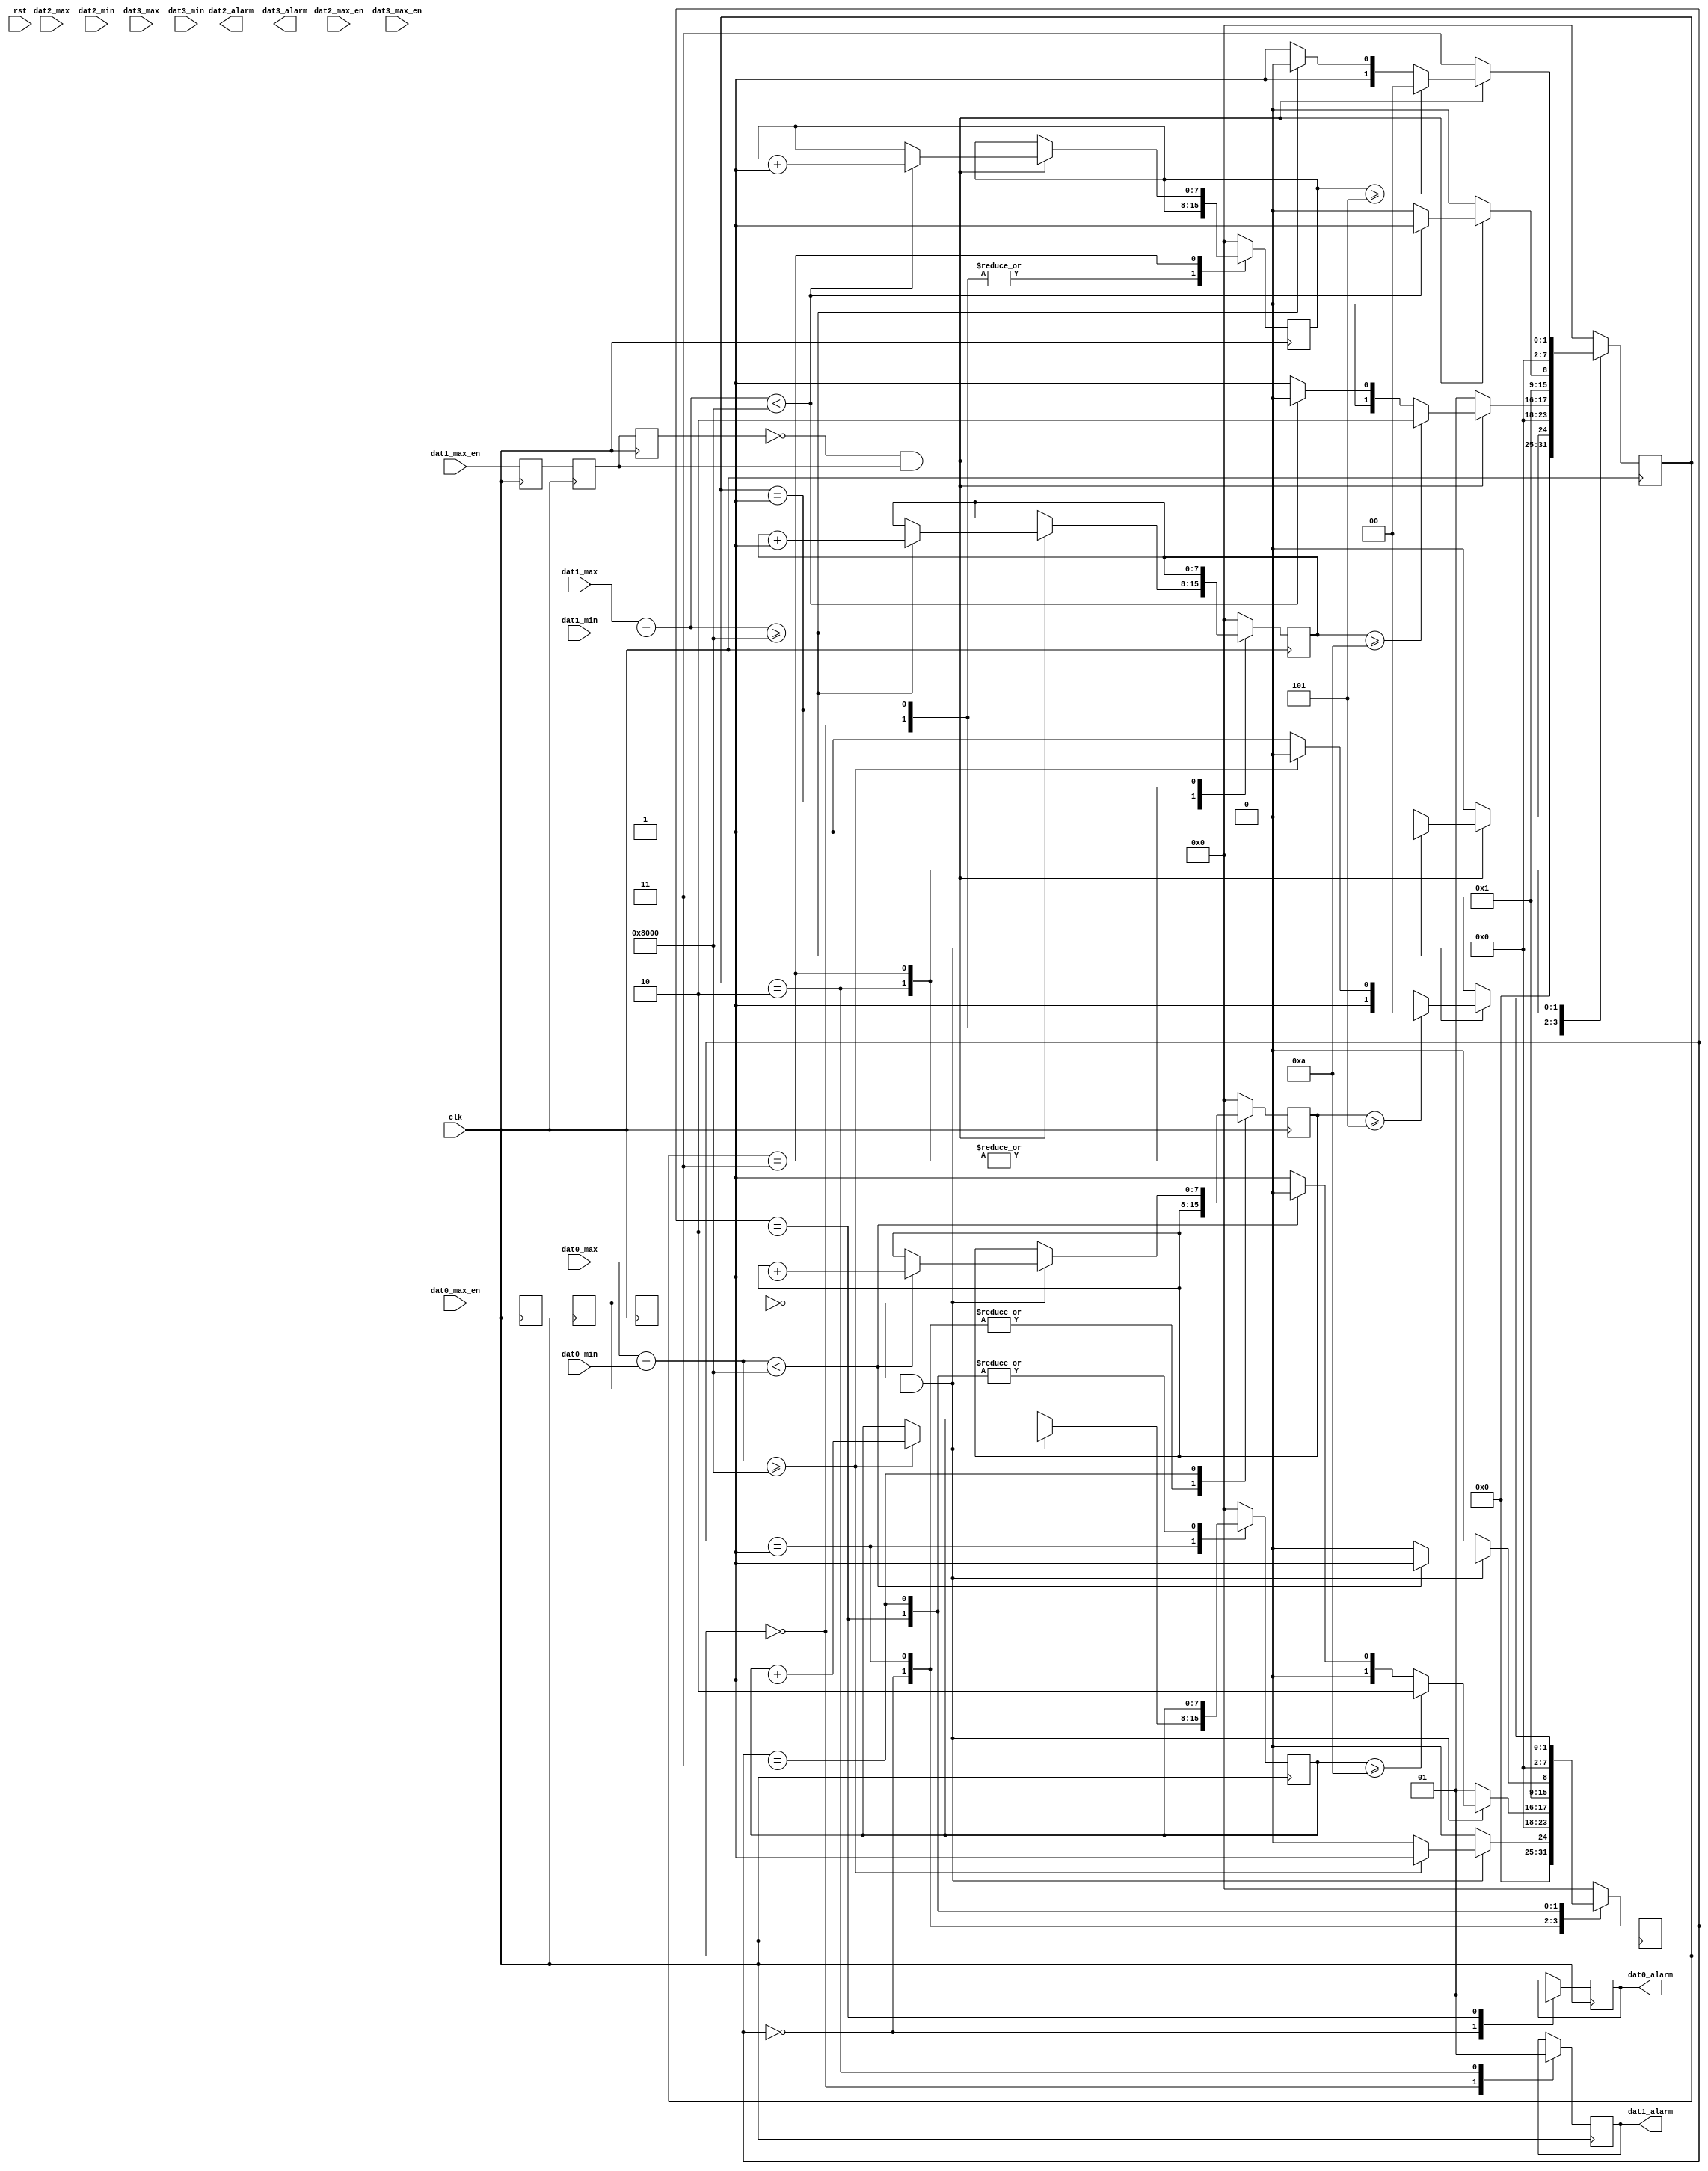
`timescale 1ns / 1ns
module search_alarm(
    input clk,rst,
	 	 
	 input [15:0]dat0_max,dat0_min,
	 input [15:0]dat1_max,dat1_min,
	 input [15:0]dat2_max,dat2_min,
	 input [15:0]dat3_max,dat3_min,
	 input dat0_max_en,dat1_max_en,dat2_max_en,dat3_max_en,
	 
	 output reg dat0_alarm,dat1_alarm,dat2_alarm,dat3_alarm);
	 

parameter dat0_high_threshold =16'h8000;
parameter dat0_high_cnt =10;
parameter dat0_low_cnt  =5;

parameter dat1_high_threshold =16'h8000;
parameter dat1_high_cnt =10;
parameter dat1_low_cnt  =5;

parameter dat2_high_threshold =16'h8000;
parameter dat2_high_cnt =10;
parameter dat2_low_cnt  =5;

parameter dat3_high_threshold =16'h8000;
parameter dat3_high_cnt =10;
parameter dat3_low_cnt  =5;

wire pos_dat0_max_en,neg_dat0_max_en;
wire pos_dat1_max_en,neg_dat1_max_en;
wire pos_dat2_max_en,neg_dat2_max_en;
wire pos_dat3_max_en,neg_dat3_max_en;
reg dat0_max_en_r0,dat0_max_en_r1,dat0_max_en_r2;
reg dat1_max_en_r0,dat1_max_en_r1,dat1_max_en_r2;
reg dat2_max_en_r0,dat2_max_en_r1,dat2_max_en_r2;
reg dat3_max_en_r0,dat3_max_en_r1,dat3_max_en_r2;

always@(posedge clk)
	begin
		dat0_max_en_r0<=dat0_max_en;
		dat0_max_en_r1<=dat0_max_en_r0;
		dat0_max_en_r2<=dat0_max_en_r1;
		
		dat1_max_en_r0<=dat1_max_en;
		dat1_max_en_r1<=dat1_max_en_r0;
		dat1_max_en_r2<=dat1_max_en_r1;
		
		dat2_max_en_r0<=dat2_max_en;
		dat2_max_en_r1<=dat2_max_en_r0;
		dat2_max_en_r2<=dat2_max_en_r1;
		
		dat3_max_en_r0<=dat3_max_en;
		dat3_max_en_r1<=dat3_max_en_r0;
		dat3_max_en_r2<=dat3_max_en_r1;
	end

assign pos_dat0_max_en=(~dat0_max_en_r2)&dat0_max_en_r1;
assign pos_dat1_max_en=(~dat1_max_en_r2)&dat1_max_en_r1;
assign pos_dat2_max_en=(~dat2_max_en_r2)&dat2_max_en_r1;
assign pos_dat3_max_en=(~dat3_max_en_r2)&dat3_max_en_r1;

assign neg_dat0_max_en=dat0_max_en_r2&(~dat0_max_en_r1); 
assign neg_dat1_max_en=dat1_max_en_r2&(~dat1_max_en_r1);
assign neg_dat2_max_en=dat2_max_en_r2&(~dat2_max_en_r1); 
assign neg_dat3_max_en=dat3_max_en_r2&(~dat3_max_en_r1);  

(*syn_preserve = 1*)reg [7:0]dat0_detect_stability,dat1_detect_stability,
									  dat2_detect_stability,dat3_detect_stability;

reg [7:0]dat0_high_cnter,dat1_high_cnter,dat2_high_cnter,dat3_high_cnter;
reg [7:0]dat0_low_cnter,dat1_low_cnter,dat2_low_cnter,dat3_low_cnter;		
always@(posedge clk)
	begin
		case(dat0_detect_stability)
				0://stability
				begin
					if(pos_dat0_max_en)
						begin
							if((dat0_max-dat0_min)>=dat0_high_threshold)dat0_detect_stability<=1;
							else dat0_detect_stability<=0;
						end
					else
						begin
							dat0_detect_stability<=0;
						end
					dat0_high_cnter<=0;
					
					dat0_alarm<=0;
				  end
				1:
				begin
					if(pos_dat0_max_en)
						begin
							if(dat0_high_cnter>=dat0_high_cnt)dat0_detect_stability<=2;
							else if((dat0_max-dat0_min)<dat0_high_threshold)dat0_detect_stability<=0;
							else dat0_detect_stability<=1;
							
							if(dat0_max-dat0_min>=dat0_high_threshold) dat0_high_cnter<=dat0_high_cnter+1;
							else dat0_high_cnter<=dat0_high_cnter;
						end
					else
						begin
							dat0_detect_stability<=1;
						end
				  end
				
				2://unstability
				begin
					if(pos_dat0_max_en)
						begin
							if((dat0_max-dat0_min)<dat0_high_threshold)dat0_detect_stability<=3;
							else dat0_detect_stability<=2;
						end
					else
						begin
							dat0_detect_stability<=2;
						end
					
					dat0_high_cnter<=dat0_high_cnter;
					dat0_low_cnter<=0;
					
					dat0_alarm<=1;
					end
				3:
				begin
					if(pos_dat0_max_en)
						begin
							if(dat0_low_cnter>=dat0_low_cnt)dat0_detect_stability<=0;
							else if((dat0_max-dat0_min)>=dat0_high_threshold)dat0_detect_stability<=2;
							else dat0_detect_stability<=3;
							
							if((dat0_max-dat0_min)<dat0_high_threshold)dat0_low_cnter<=dat0_low_cnter+1;
							else dat0_low_cnter<=dat0_low_cnter;
						end
					else 
						begin
							dat0_detect_stability<=3;
						end
				end
				default:
				begin
					dat0_detect_stability<=0;
					dat0_high_cnter<=0;
					dat0_low_cnter<=0;
					end
		endcase
	end

always@(posedge clk)
	begin
		case(dat1_detect_stability)
				0://stability
				begin
					if(pos_dat1_max_en)
						begin
							if((dat1_max-dat1_min)>=dat1_high_threshold)dat1_detect_stability<=1;
							else dat1_detect_stability<=0;
						end
					else
						begin
							dat1_detect_stability<=0;
						end
					dat1_high_cnter<=0;
					
					dat1_alarm<=0;
				  end
				1:
				begin
					if(pos_dat1_max_en)
						begin
							if(dat1_high_cnter>=dat1_high_cnt)dat1_detect_stability<=2;
							else if((dat1_max-dat1_min)<dat1_high_threshold)dat1_detect_stability<=0;
							else dat1_detect_stability<=1;
							
							if(dat1_max-dat1_min>=dat1_high_threshold) dat1_high_cnter<=dat1_high_cnter+1;
							else dat1_high_cnter<=dat1_high_cnter;
						end
					else
						begin
							dat1_detect_stability<=1;
						end
				  end
				
				2://unstability
				begin
					if(pos_dat1_max_en)
						begin
							if((dat1_max-dat1_min)<dat1_high_threshold)dat1_detect_stability<=3;
							else dat1_detect_stability<=2;
						end
					else
						begin
							dat1_detect_stability<=2;
						end
					
					dat1_high_cnter<=dat1_high_cnter;
					dat1_low_cnter<=0;
					
					dat1_alarm<=1;
					end
				3:
				begin
					if(pos_dat1_max_en)
						begin
							if(dat1_low_cnter>=dat1_low_cnt)dat1_detect_stability<=0;
							else if((dat1_max-dat1_min)>=dat1_high_threshold)dat1_detect_stability<=2;
							else dat1_detect_stability<=3;
							
							if((dat1_max-dat1_min)<dat1_high_threshold)dat1_low_cnter<=dat1_low_cnter+1;
							else dat1_low_cnter<=dat1_low_cnter;
						end
					else dat1_detect_stability<=3;
				end
				default:
				begin
					dat1_detect_stability<=0;
					dat1_high_cnter<=0;
					dat1_low_cnter<=0;
					end
		endcase
	end	

	
endmodule